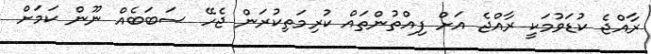
ރާއްޖެ ކުޑަވުމަކީ ރާއްޖެ އަށް ފިއްތުންތައް ކުރިމަތިކުރަން ޖެހޭ ސަބަބެއް ނޫން ކަމަށް